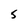
Character: 5